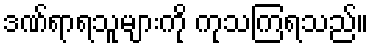
ဒဏ်ရာရသူများကို ကုသကြရသည်။